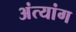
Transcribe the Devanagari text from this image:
अंत्यांग